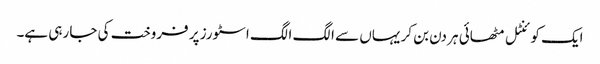
ایک کوئنٹل مٹھائی ہر دن بن کر یہاں سے الگ الگ اسٹورز پر فروخت کی جا رہی ہے۔